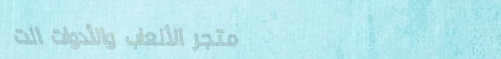
متجر الألعاب والأدوات الت